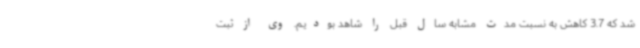
شد که 3.7 کاهش به نسبت مدت مشابه سال قبل را شاهد بودیم. وی از ثبت